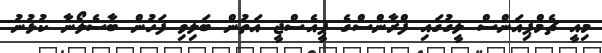
މިއީ ޗެމްޕިއަންސް ލީގުގައި ފްރާންސްގެ ޕީއެސްޖީ އަތުން ބަލިވި ފަހުން ބާސެލޯނާ ކުޅުނު